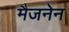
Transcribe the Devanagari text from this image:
मैजनेन